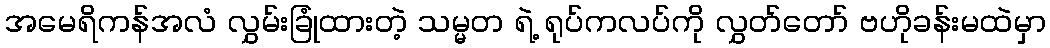
အမေရိကန်အလံ လွှမ်းခြုံထားတဲ့ သမ္မတ ရဲ့ ရုပ်ကလပ်ကို လွှတ်တော် ဗဟိုခန်းမထဲမှာ